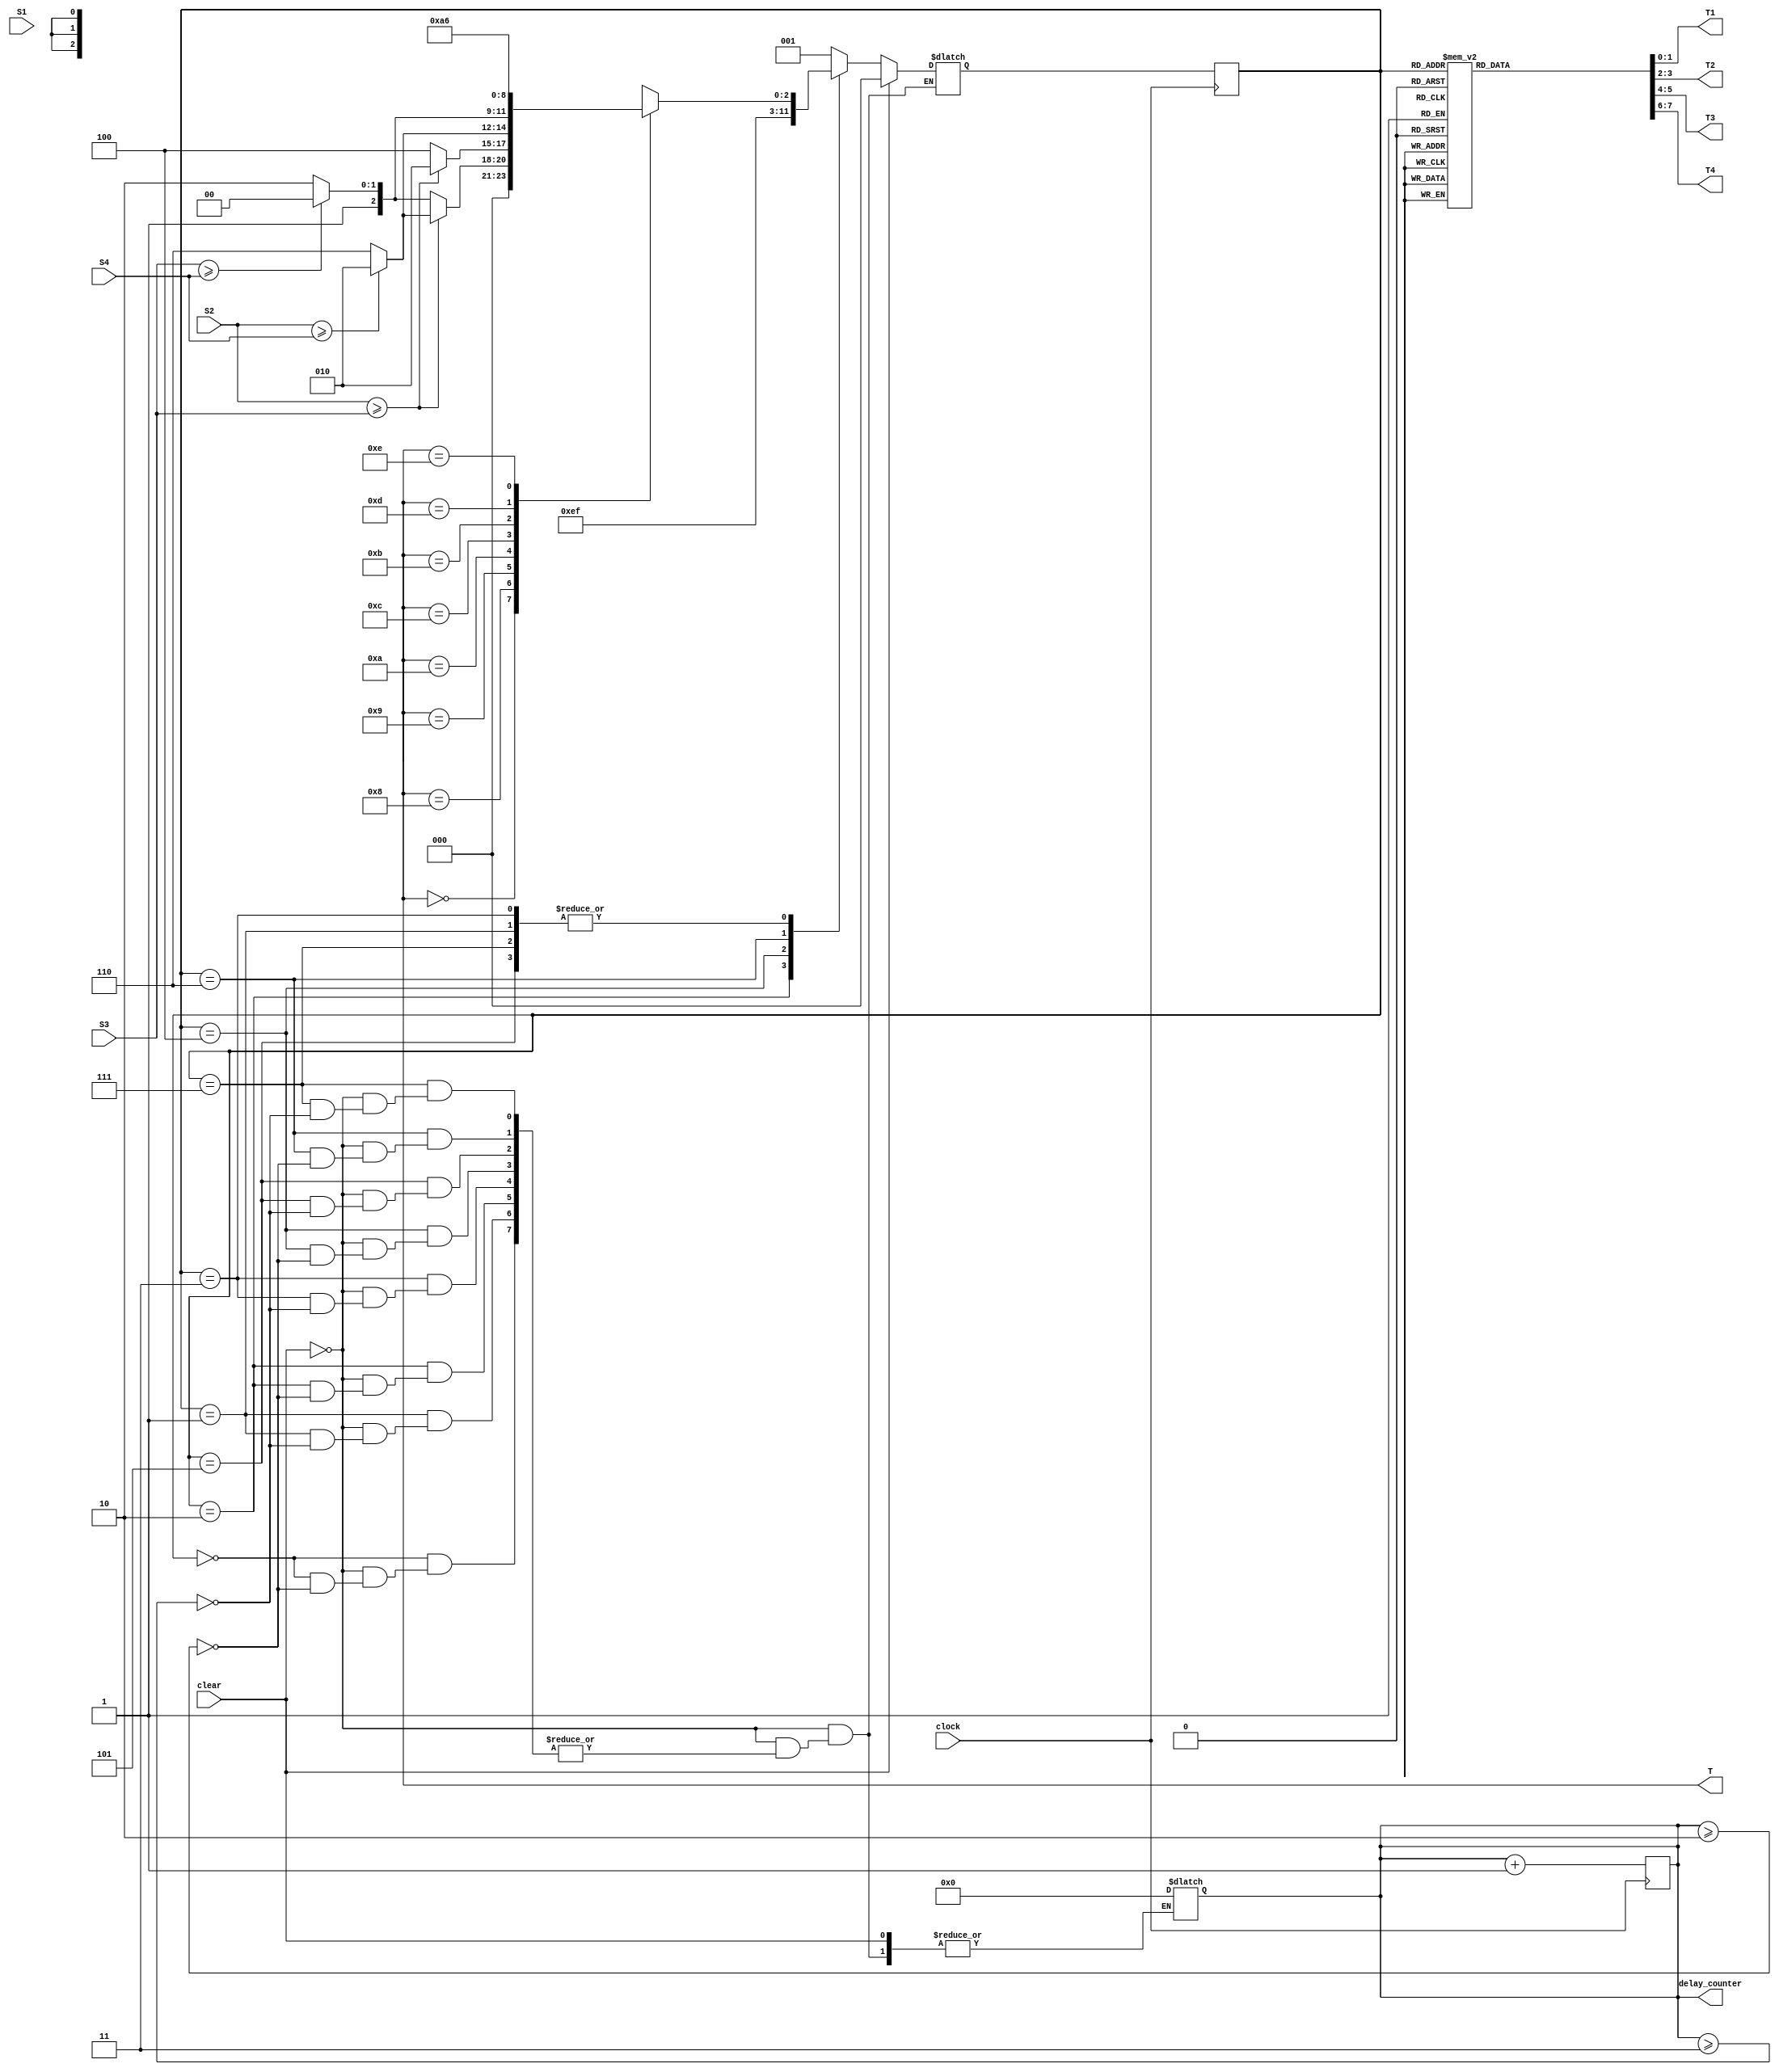
// trail code for level 1 implementation
// version 1.2: Fixed Delay Implementation
// version 1.5: Implemented in Altera Quartus II: Multiple driver error

`define TRUE      1'b1
`define FALSE     1'b0

`define RED       2'd0    // 2'b00 = RED
`define YELLOW    2'd1    // 2'b01 = YELLOW
`define GREEN     2'd2    // 2'b10 = GREEN

`define Y2RDELAY  3       // Delay from Y to R (number of posedges of clock)
`define G2YDELAY  2       // Delay from G to Y (number of posedges of clock)

`define RD_EMPTY  3'd0    // 3'b000 = EMPTY
`define RD_LESS   3'd1    // 3'b001 = LESS CROWDED
`define RD_MORE   3'd3    // 3'b011 = MORE CROWDED
`define RD_FULL   3'd7    // 3'b111 = FULL CROWDED

// state definition
`define T1G       3'd0    // 3'b000 = State 0 = T1 GREEN
`define T1Y       3'd1    // 3'b001 = State 1 = T1 YELLOW
`define T2G       3'd2    // 3'b010 = State 2 = T2 GREEN
`define T2Y       3'd3    // 3'b011 = State 3 = T2 YELLOW
`define T3G       3'd4    // 3'b100 = State 4 = T3 GREEN
`define T3Y       3'd5    // 3'b101 = State 5 = T3 YELLOW
`define T4G       3'd6    // 3'b110 = State 6 = T4 GREEN
`define T4Y       3'd7    // 3'b111 = State 7 = T4 YELLOW

module level1(T, T1, T2, T3, T4, S1, S2, S3, S4, clock, clear, delay_counter);
  output  [1:0] T1, T2, T3, T4;     // four traffic lights
  reg     [1:0] T1, T2, T3, T4;
  input   [2:0] S1, S2, S3, S4;     // four sets of three sensors per road
  input   clock, clear;   
  
  output  [3:0] T;                  // to maintain cycle operation among T1, T2, T3, T4
  reg     [3:0] T;                  // output only to view it from testbench
  
  reg     [2:0] state, next_state;  // internal state variables
  
  output  [3:0] delay_counter;      // counter to control delay, introduced in v1.2
  reg     [3:0] delay_counter;      // output only to view it from testbench
  

  // initially T1 is green, rest all are red
  // initial state is T1GREEN (T1G)
  
  /*** initialize block is commented
  // always @(clear)
  initial
  begin
    state = `T1G;
    next_state = `T1G;
    T1 = `GREEN;
    T2 = `RED;
    T3 = `RED;
    T4 = `RED;
    T  = 4'd8;        // initialize cycle to 4'b1000
    delay_counter = 4'd0; // initialize delay counter to zero
  end
  *****/
  
  // state changes only at posedge of clock
  // delay counter increases at posedge of clock
  always @(posedge clock)
  begin
    state <= next_state;
    delay_counter <= delay_counter + 1;
  end
  
  // compute traffic light values
  always @(state)
  begin
    case (state)
      `T1G: begin T1 = `GREEN;  T2 = `RED;    T3 = `RED;    T4 = `RED;    end
      `T1Y: begin T1 = `YELLOW; T2 = `RED;    T3 = `RED;    T4 = `RED;    end 
      `T2G: begin T1 = `RED;    T2 = `GREEN;  T3 = `RED;    T4 = `RED;    end 
      `T2Y: begin T1 = `RED;    T2 = `YELLOW; T3 = `RED;    T4 = `RED;    end 
      `T3G: begin T1 = `RED;    T2 = `RED;    T3 = `GREEN;  T4 = `RED;    end 
      `T3Y: begin T1 = `RED;    T2 = `RED;    T3 = `YELLOW; T4 = `RED;    end  
      `T4G: begin T1 = `RED;    T2 = `RED;    T3 = `RED;    T4 = `GREEN;  end
      `T4Y: begin T1 = `RED;    T2 = `RED;    T3 = `RED;    T4 = `YELLOW; end
    endcase
  end
  
  // function to compute the probable next state based upon
  // sensor values and cycle value of T
  task calc_prob_next_state; // probable next state as output
    output [2:0] prob_next_state;  // probable next state as output
    input  [2:0] s1, s2, s3, s4;   // four sensor values as input
    inout  [3:0] t;                // cycle variable as input
    begin
      
      // case structure to ensure cyclic response
      // T = [T1, T2, T3, T4]
      // only 8 cases are considered out of 16 since T1 will always be made green
      // at the start of every cycle
      
      case (t)
        4'b0000:  begin
                    prob_next_state = `T1G;   // T1 GREEN
                    t = t|4'b1000;            // update T
                  end
                  
        4'b1000:  begin
                    if (s2 >= s3)
                    begin
                      if (s2 >= s4)
                      begin
                        prob_next_state = `T2G; // T2 GREEN
                        t = t|4'b0100;          // update T
                      end
                      else begin
                        prob_next_state = `T4G; // T4 GREEN
                        t = t|4'b0001;          // update T
                      end
                    end     // end of first if half
                    else begin
                      if (s3 >= s4)  begin
                        prob_next_state = `T3G; // T3 GREEN
                        t = t|4'b0010;          // update T
                      end
                      else begin
                        prob_next_state = `T4G; // T4 GREEN
                        t = t|4'b0001;          // update T
                      end
                    end     // end of if-else
                  end   // end of first case
                  
        4'b1001:  begin
                    if (s2 >= s3)  begin
                      prob_next_state = `T2G;   // T2 GREEN
                      t = t|4'b0100;            // update T
                    end
                    else begin
                      prob_next_state = `T3G;   // T3 GREEN
                      t = t|4'b0010;            // update T
                    end
                  end
        
        4'b1010:  begin
                    if (s2 >= s4)  begin
                      prob_next_state = `T2G;   // T2 GREEN
                      t = t|4'b0100;            // update T
                    end
                    else begin
                      prob_next_state = `T4G;   // T4 GREEN
                      t = t|4'b0001;             // update T
                    end
                  end
                  
        4'b1100:  begin
                    if (s3 >= s4)  begin
                      prob_next_state = `T3G;   // T3 GREEN
                      t = t|4'b0010;             // update T
                    end
                    else begin
                      prob_next_state = `T4G;   // T4 GREEN
                      t = t|4'b0001;             // update T
                    end
                  end 
                  
        4'b1011:  begin
                    prob_next_state = `T2G;   // T2 GREEN
                    t = 4'b0000;              // update T   
                  end
                  
        4'b1101:  begin
                    prob_next_state = `T3G;   // T3 GREEN
                    t = 4'b0000;              // update T   
                  end
                  
        4'b1110:  begin
                    prob_next_state = `T4G;   // T4 GREEN
                    t = 4'b0000;              // update T   
                  end
      endcase     // end of case
    end           // end of task begin
  endtask         // end of task
  
  // state machine using case statement
  always @(state, clear, S1, S2, S3, S4, T, delay_counter)	// removed clear
  // always @*
  begin
    if (clear)
    begin
	  // state = `T1G;
      next_state = `T1G;
      // T1 = `GREEN;
      // T2 = `RED;
      // T3 = `RED;
      // T4 = `RED;
      /// T  = 4'd8;        // initialize cycle to 4'b1000
      // delay_counter = 4'd0; // initialize delay counter to zero
    end
    
    else begin
      case (state)
        `T1G: begin
                // repeat(`G2YDELAY) @(posedge clock);              // wait from G to Y
                if(delay_counter >= `G2YDELAY) begin                // wait from G to Y (v1.2)
                  next_state = `T1Y;                                // next state is Y of same G
                  delay_counter = 4'd0;                             // clear counter upon state change (v1.2)
                end
              end
        
        `T1Y: begin
                // repeat(`Y2RDELAY) @(posedge clock);               // wait from Y to R
                if(delay_counter >= `Y2RDELAY) begin                 // wait from Y to R (v1.2)
                  calc_prob_next_state(next_state, S1, S2, S3, S4, T); // calling task to update next_state and T
                  delay_counter = 4'd0;                              // clear counter upon state change (v1.2)
                end
              end
              
        `T2G: begin
                // repeat(`G2YDELAY) @(posedge clock);               // wait from G to Y
                if(delay_counter >= `G2YDELAY) begin                 // wait from G to Y (v1.2)
                  next_state = `T2Y;                                 // next state is Y of same G
                  delay_counter = 4'd0;                              // clear counter upon state change (v1.2)
                end
              end
        
        `T2Y: begin
                // repeat(`Y2RDELAY) @(posedge clock);               // wait from Y to R
                if(delay_counter >= `Y2RDELAY) begin                 // wait from Y to R (v1.2)
                  calc_prob_next_state(next_state, S1, S2, S3, S4, T); // calling task to update next_state and T
                  delay_counter = 4'd0;                              // clear counter upon state change (v1.2)
                end
              end
              
        `T3G: begin
                // repeat(`G2YDELAY) @(posedge clock);               // wait from G to Y
                if(delay_counter >= `G2YDELAY) begin                 // wait from G to Y (v1.2)
                  next_state = `T3Y;                                 // next state is Y of same G
                  delay_counter = 4'd0;                              // clear counter upon state change (v1.2)
                end
              end
        
        `T3Y: begin
                // repeat(`Y2RDELAY) @(posedge clock);               // wait from Y to R
                if(delay_counter >= `Y2RDELAY) begin                 // wait from Y to R (v1.2)
                  calc_prob_next_state(next_state, S1, S2, S3, S4, T); // calling task to update next_state and T
                  delay_counter = 4'd0;                              // clear counter upon state change (v1.2)
                end
              end
              
        `T4G: begin
                // repeat(`G2YDELAY) @(posedge clock);               // wait from G to Y
                if(delay_counter >= `G2YDELAY) begin                 // wait from G to Y (v1.2)
                  next_state = `T4Y;                                 // next state is Y of same G
                  delay_counter = 4'd0;                              // clear counter upon state change (v1.2)
                end
              end
        
        `T4Y: begin
                // repeat(`Y2RDELAY) @(posedge clock);               // wait from Y to R
                if(delay_counter >= `Y2RDELAY) begin                 // wait from Y to R (v1.2)
                  calc_prob_next_state(next_state, S1, S2, S3, S4, T); // calling task to update next_state and T
                  delay_counter = 4'd0;                              // clear counter upon state change (v1.2)
                end
              end
              
      endcase   // end of case
    end     // end of if-else
  end    // end of always                
          
endmodule